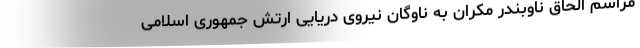
مراسم الحاق ناوبندر مکران به ناوگان نیروی دریایی ارتش جمهوری اسلامی